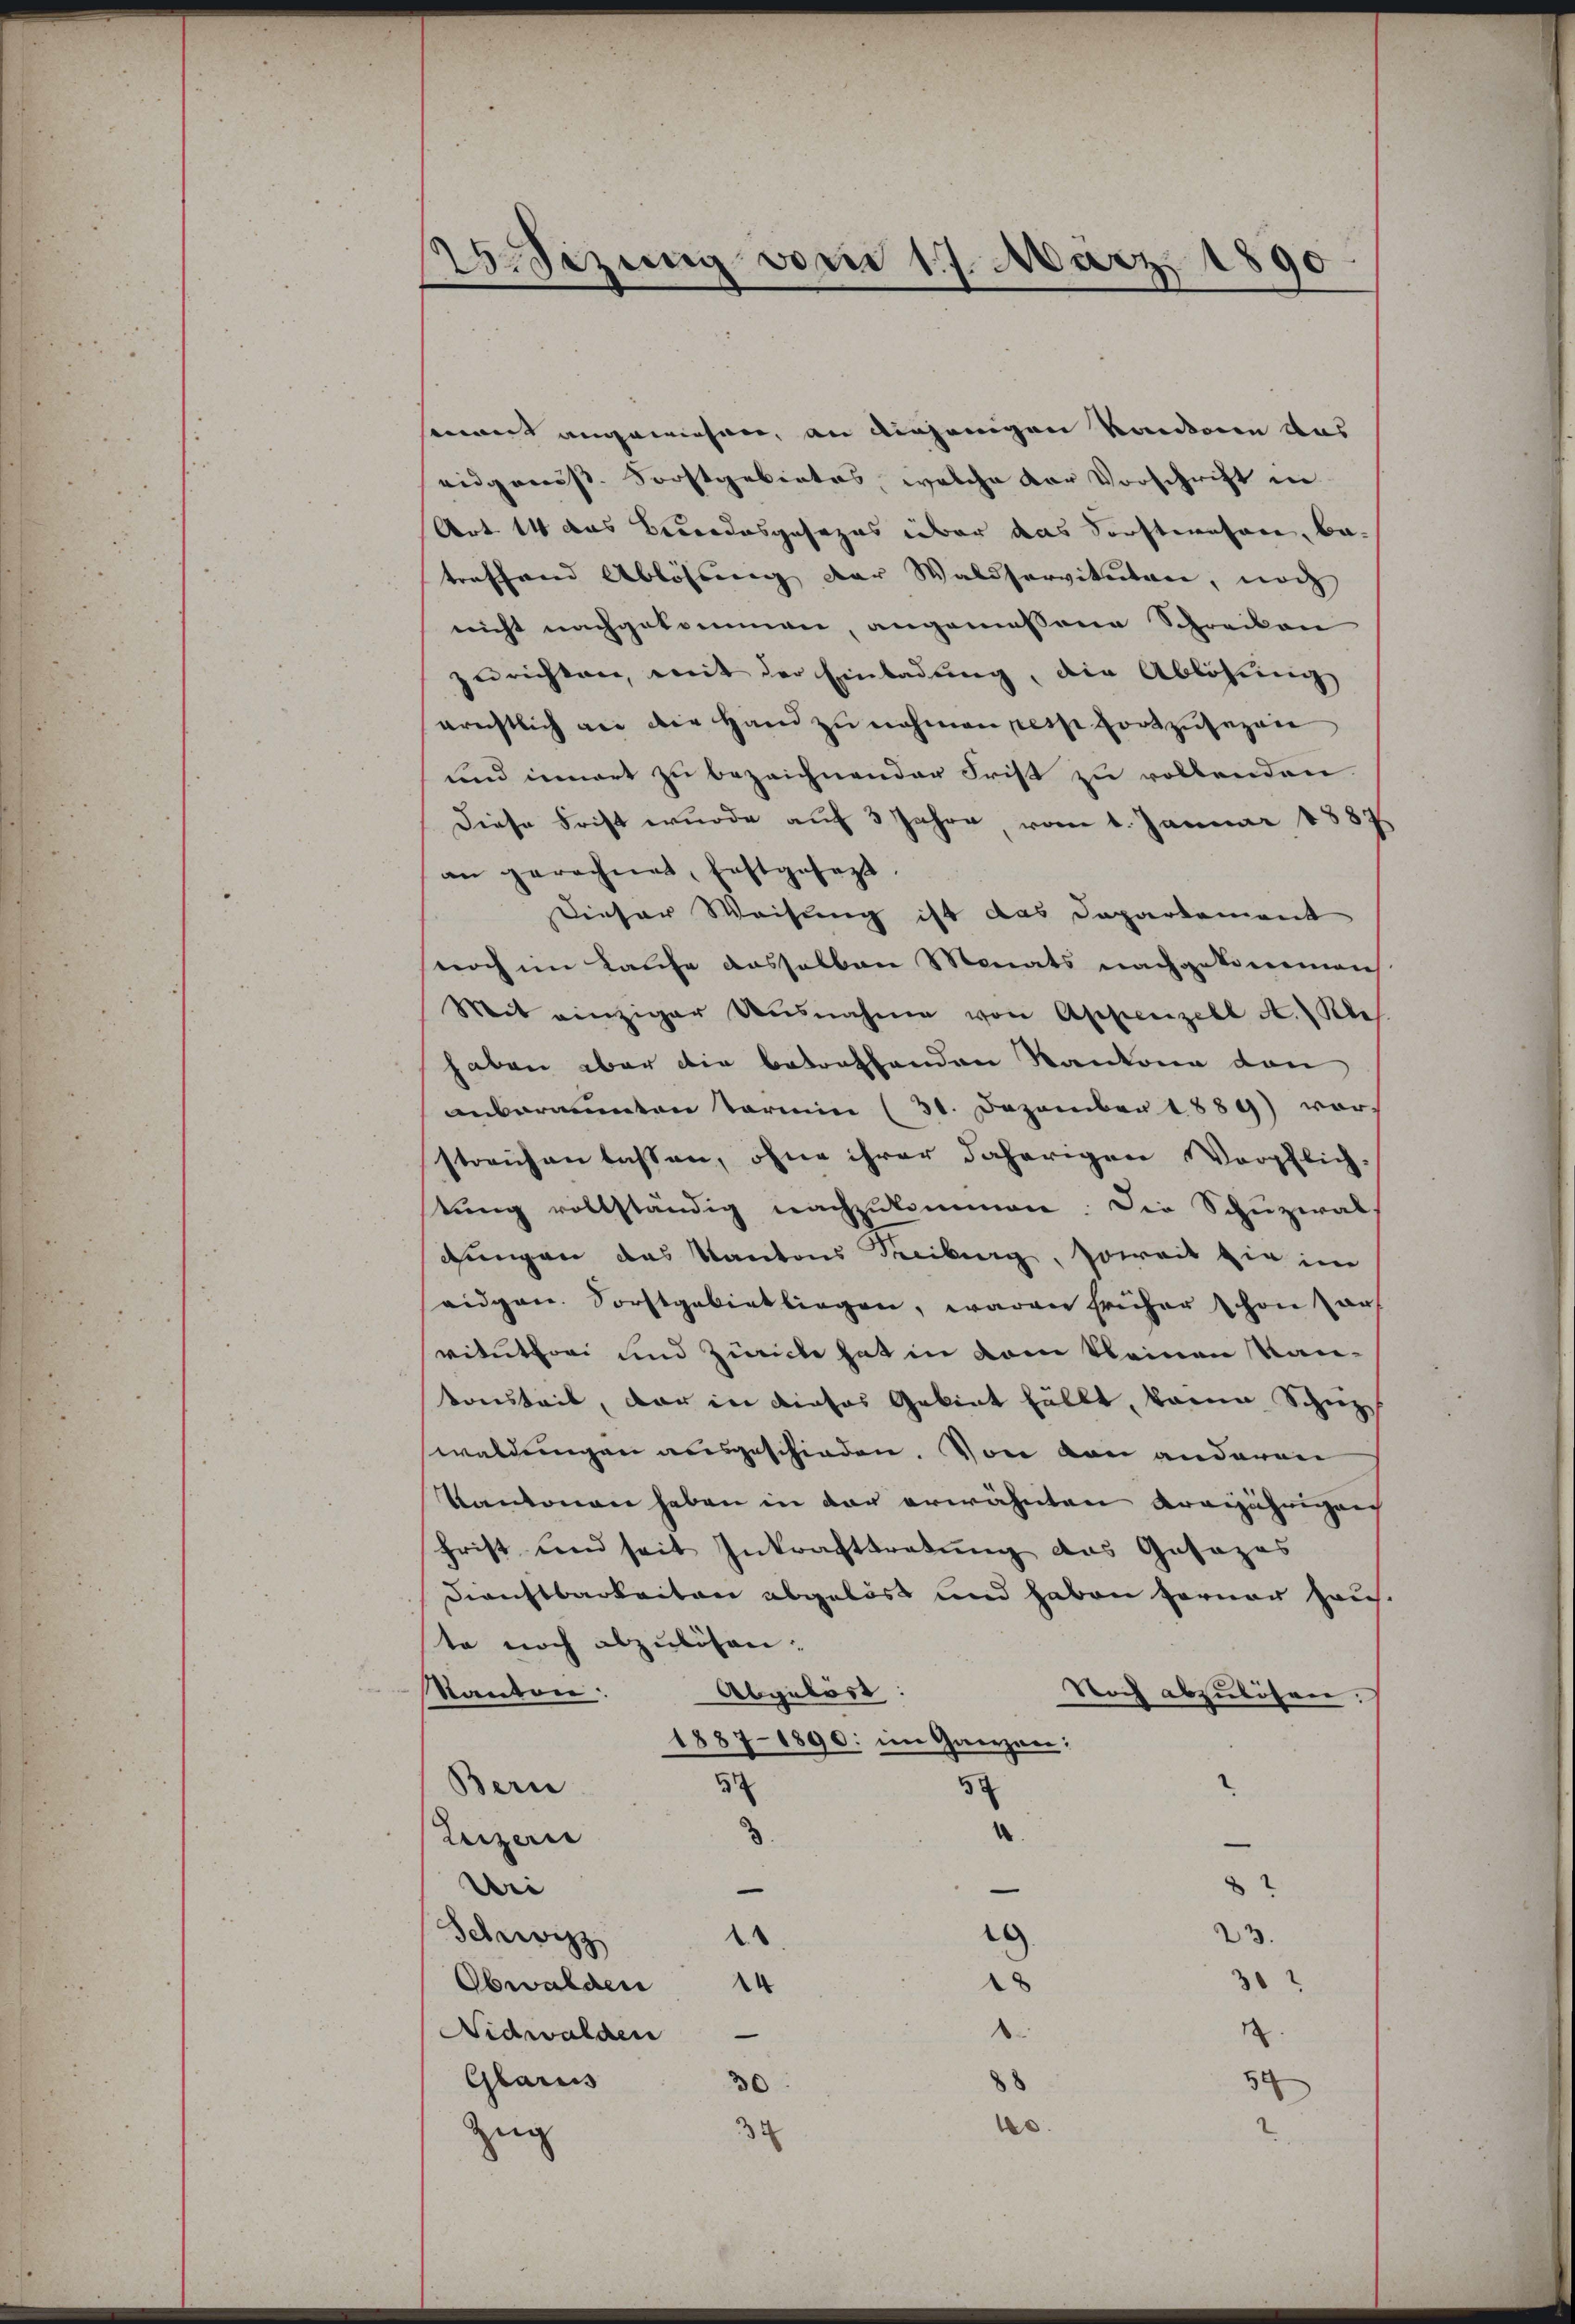
Abeizung vom 17. März 1890

sammt angewiesen, an diejenigen Kantonen aus
eidganist. Forstgebietes, welche der Vorschrift in
Art 14 das Bedendesgesezes über das Vorstehen, betreffend Ablösung der Waldservituten, noch
nicht nachgekommen, angemessene Schreiben
zurichten, mit der Einladung, die Ablösung
erechtlich an die Hand zu nehmen desse fortzusehene
und innert zu bezeichnender Frist zu vollenden
Diese Frist wurde auf 3 Jahre, vom 1. Januar 1887
an gerechnet, festgesezt.
Dieser Weisung ist das Departement
noch im Kaufe dasselben Monats nachgekommen
Mit einziger Ausnahme von Appenzell A. Kle
haben aber die betreffenden Kantone von
anberamten Termin (31. Dezember 1889 vor
streichen lassen, ohne ihrer daherigen Verpflich-
stung vollständig nachzukommen. Die Schuzwal
dungen das Kantons Freiburg, soweit die im
eidgen. Forstgebiet liegen, waren früher schon ar
vitutori und Zürich hat in dem kleinen Kankonstrit, der in dieses Gebiet fällt, kann Schutz
waldungen ausgeschieden. Von den anderen
Kantonen haben in der erwähnten Kreijährigens
frist und seit Inkrafttretung das Gesezes
Dienstbarkeiten abgelöst und haben ferner Haus.
ste noch abzulösen¬
Kanton: Abgelöst:
Noch abzulösen.
1887-1890: im Ganzen:
5
5
Bern
1
Leizeri
Uri
C
.
Schwizz
.
3
e
.
Obwalden
d
Nidwalden
5
Glarus
.
Zug